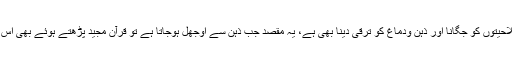
’’قرآن مجید کا ایک مقصد سوچنے سمجھنے کی صلاحیتوں کو جگانا اور ذہن ودماغ کو ترقی دینا بھی ہے، یہ مقصد جب ذہن سے اوجھل ہوجاتا ہے تو قرآن مجید پڑھتے ہوئے بھی اس کے ایک بہت بڑے فائدے سے محروم رہتے ہیں‘‘۔